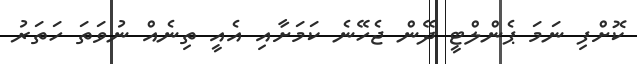
ކޮށްފި ނަމަ ޕެންލްޓީ ދޭން ޖެހޭނެ ކަމަށާއި އެއީ ތިނެއް ނުވަތަ ހަތަރު